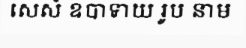
សេសំ ឧបាទាយ រូប នាម